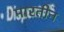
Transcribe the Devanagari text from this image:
मारतीन